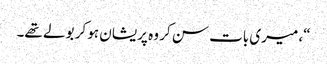
“، میری بات سن کر وہ پریشان ہو کر بولے تھے۔